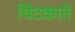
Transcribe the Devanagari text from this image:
चिटकाते